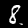
Label: 8